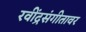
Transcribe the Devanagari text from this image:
रवींद्रसंगीतावर